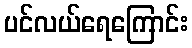
ပင်လယ်ရေကြောင်း